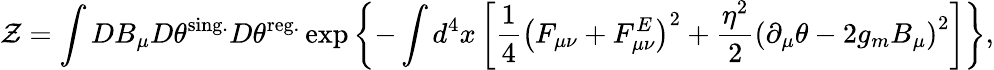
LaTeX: {\cal Z}=\int DB_{\mu}D\theta^{\mathrm{sing.}}D\theta^{\mathrm{reg.}}\exp\left\{ -\int d^{4}x\left[\frac 14\left(F_{\mu\nu}+F_{\mu\nu}^{E}\right)^{2}+\frac{\eta^{2}}{2}\left(\partial_{\mu}\theta-2g_{m}B_{\mu}\right)^{2}\right]\right\} ,